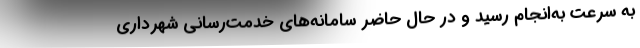
به سرعت به‌انجام رسید و در حال حاضر سامانه‌های خدمت‌رسانی شهرداری